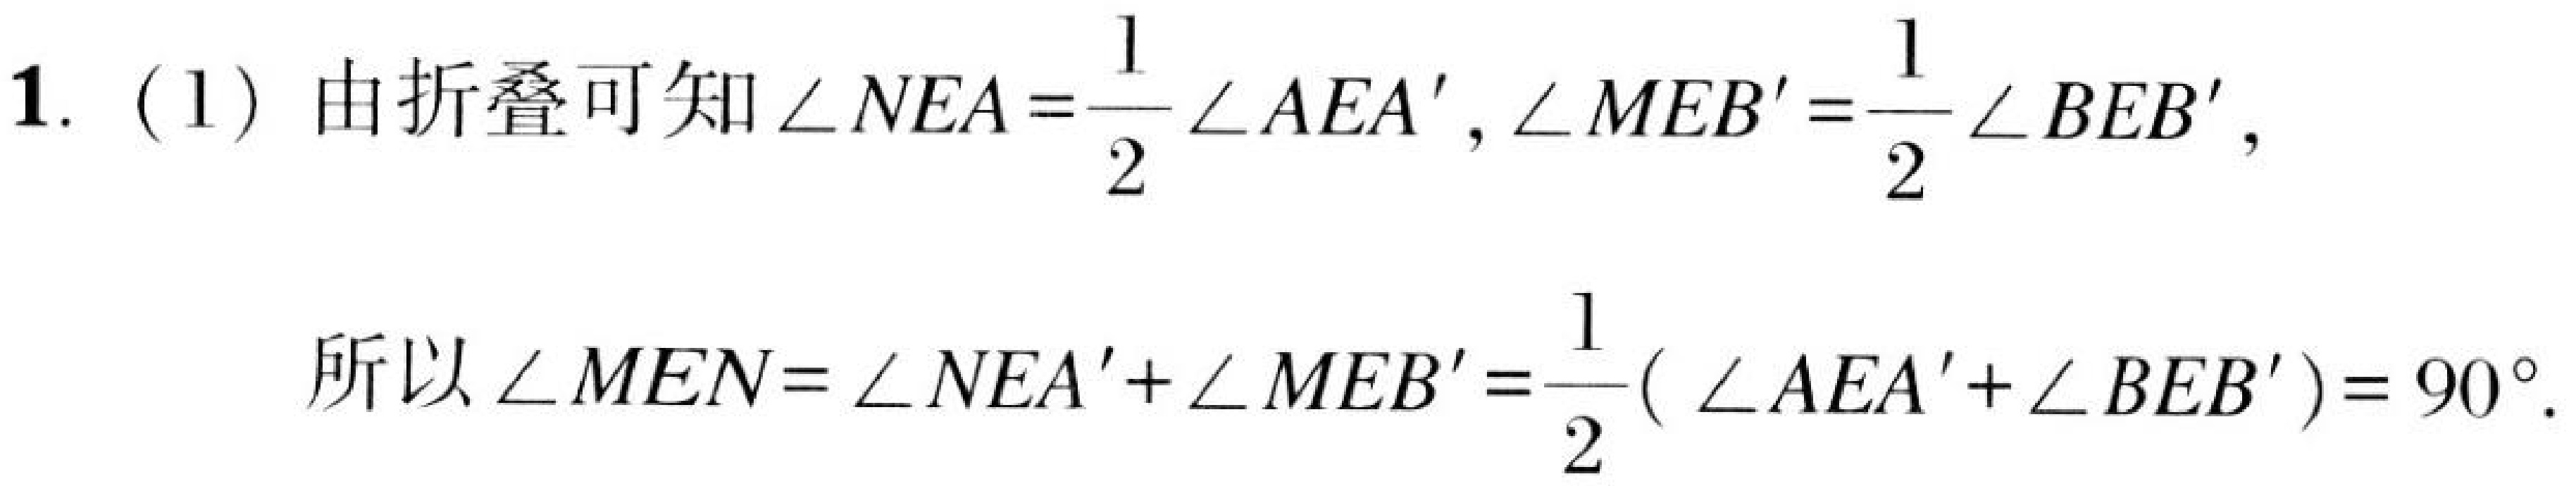
1. (1) 由折叠可知\(\angle NEA=\dfrac{1}{2}\angle AEA',\angle MEB'=\dfrac{1}{2}\angle BEB'\)，

所以\(\angle MEN=\angle NEA'+\angle MEB'=\dfrac{1}{2}(\angle AEA'+\angle BEB') = 90^{\circ}\).